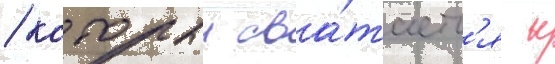
/ которыи сва́таетс'я к